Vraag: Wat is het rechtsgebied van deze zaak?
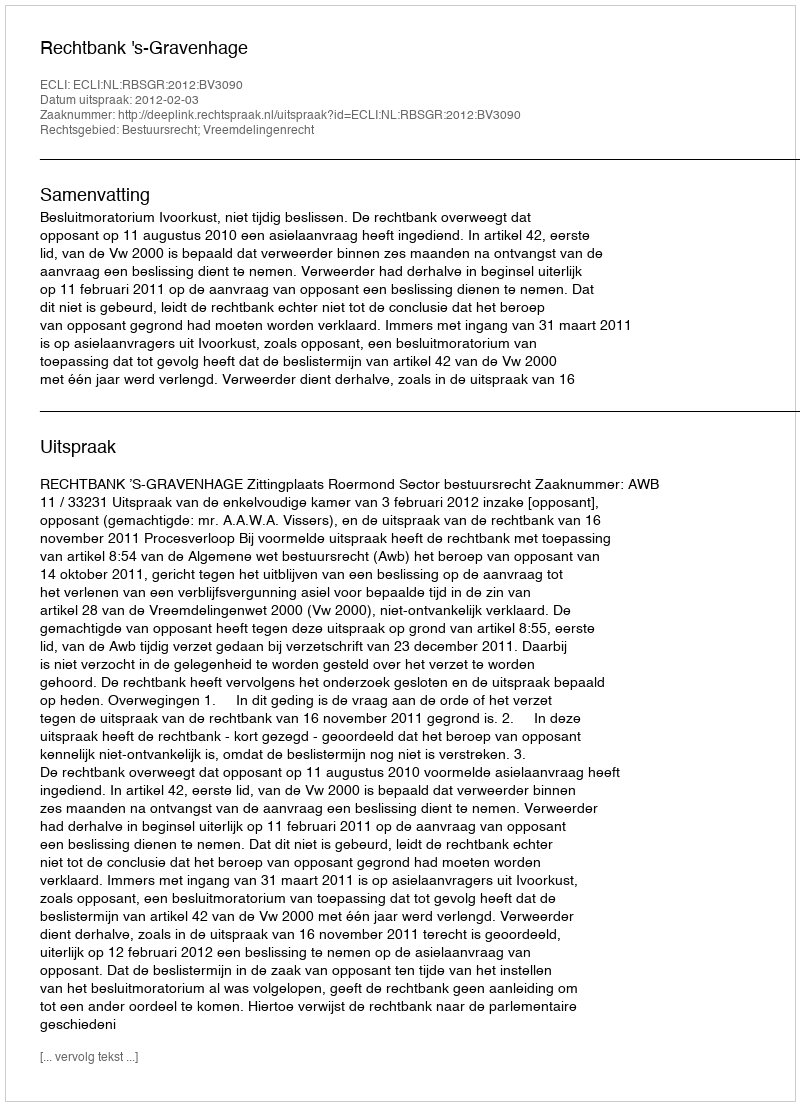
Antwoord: Bestuursrecht; Vreemdelingenrecht